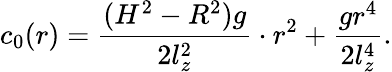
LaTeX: c_{0}(r)=\frac{(H^{2}-R^{2})g}{2l_{z}^{2}}\cdot r^{2}+\frac{gr^{4}}{2l_{z}^{4}}.